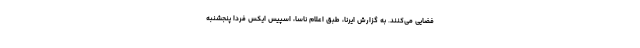
فضایی می‌کنند. به گزارش ایرنا، طبق اعلام ناسا، اسپیس ایکس فردا پنجشنبه